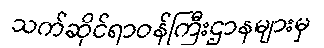
သက်ဆိုင်ရာဝန်ကြီးဌာနများမှ